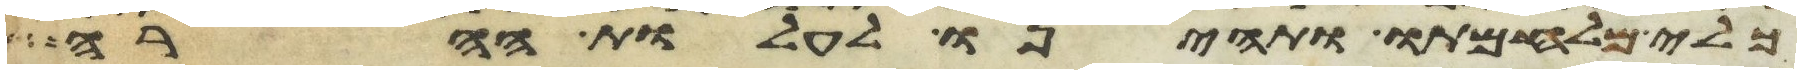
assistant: כלי מלחמתו ותהיינו לעלות ההרה